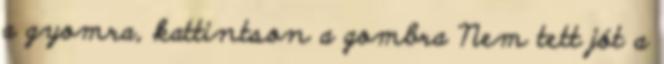
a gyomra, kattintson a gombra Nem tett jót a